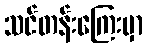
သင်တန်းကြေးမှာ